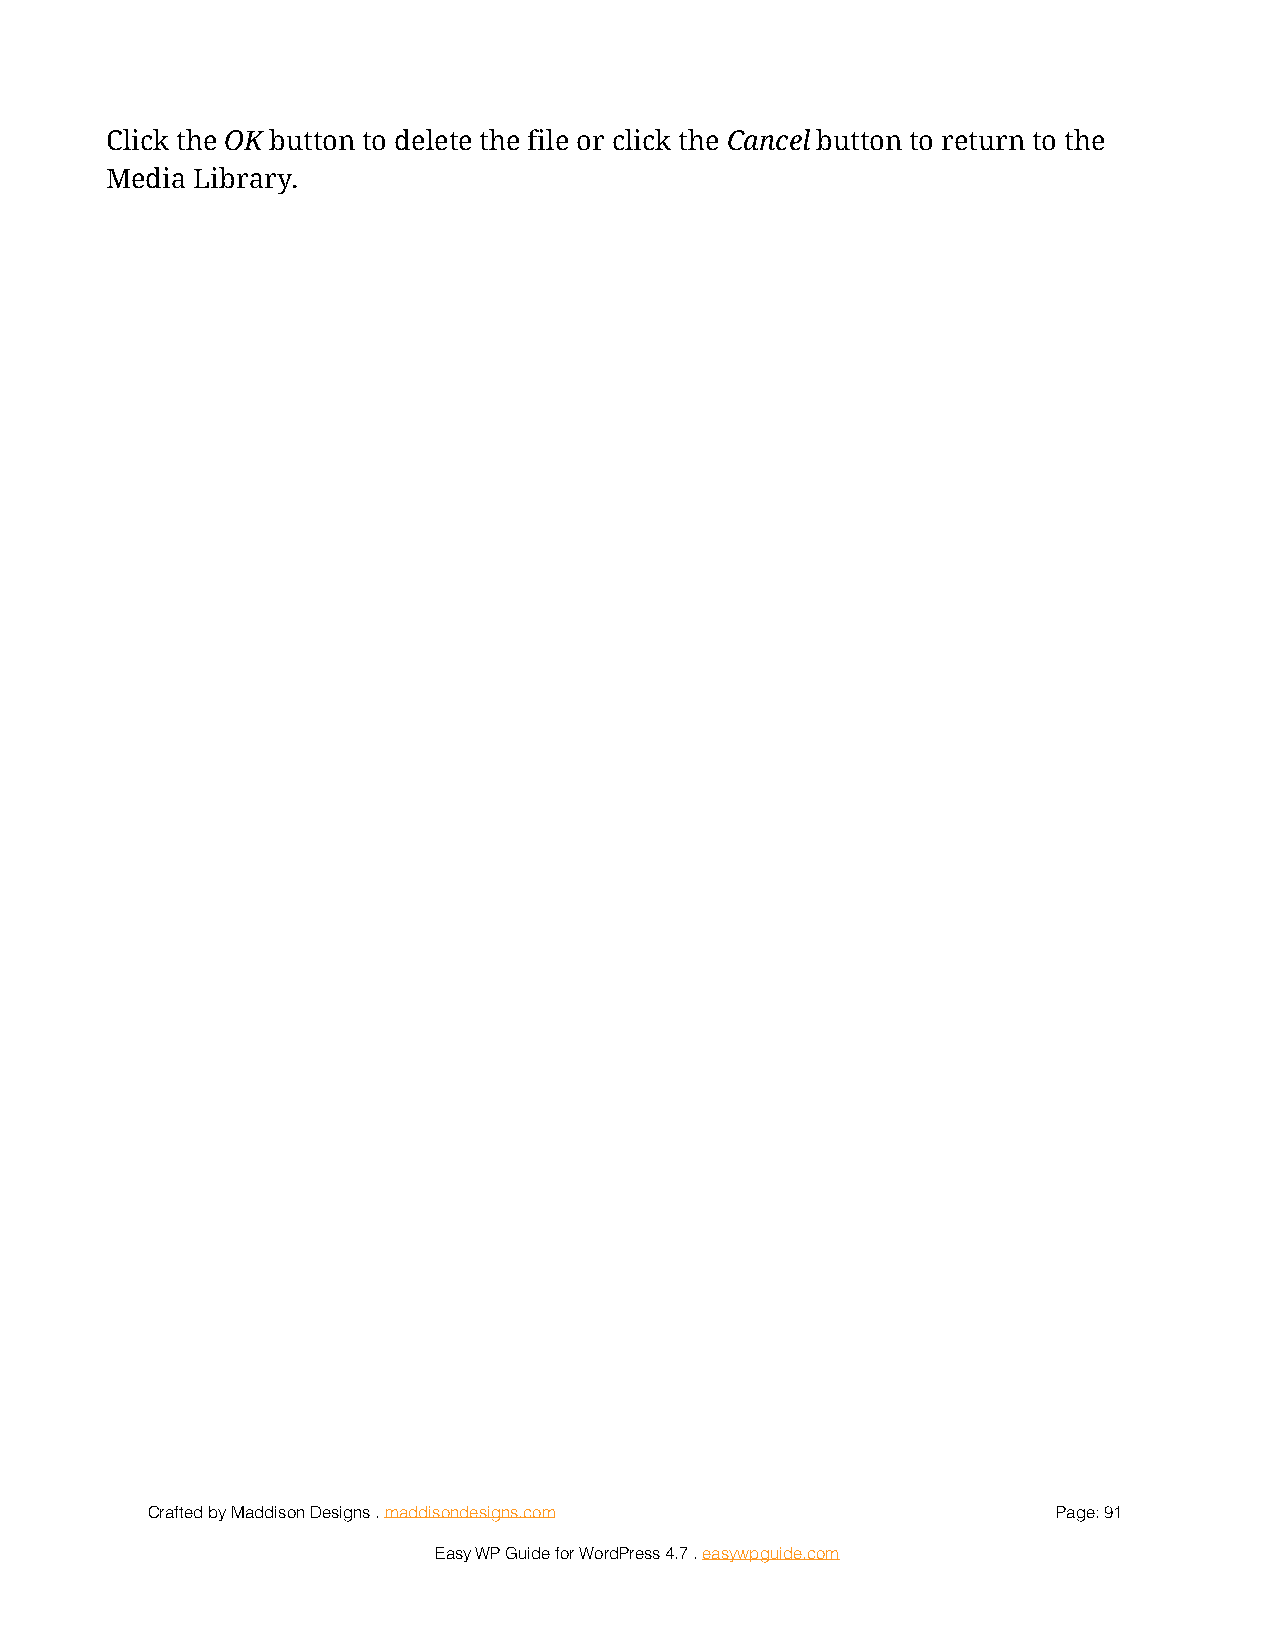
Click the OK button to delete the file or click the Cancel button to return to the
 Media Library.
 Crafted by Maddison Designs . maddisondesigns.com           Page: 9 1
 Easy WP Guide for WordPress 4.7 . easywpguide.com